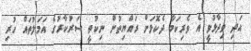
އަދި ވިދާޅުވީ އެ ވެރިކަމާ ދެކޮޅަށް ރައްޔިތުން ނިކުތީ ސަރުކާރުގެ އަމަލުތައް ހުރި